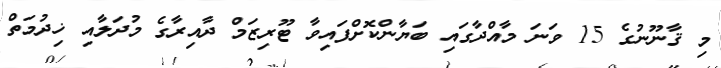
މި ޤާނޫނުގެ 15 ވަނަ މާއްދާގައި ބަޔާންކޮށްފައިވާ ޓޫރިޒަމް ދާއިރާގެ މުދަލާއި ޚިދުމަތް